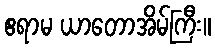
ဧရာမ ယာတောအိမ်ကြီး။